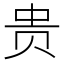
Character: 贵